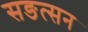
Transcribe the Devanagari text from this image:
सङत्सन